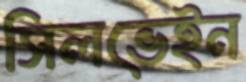
সিলভেইন